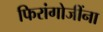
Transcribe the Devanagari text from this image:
फिरांगोजींना